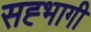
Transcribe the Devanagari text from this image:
सह्भागी